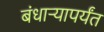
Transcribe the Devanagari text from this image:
बंधार्‍यापर्यंत